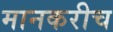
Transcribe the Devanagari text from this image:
मानकरीच